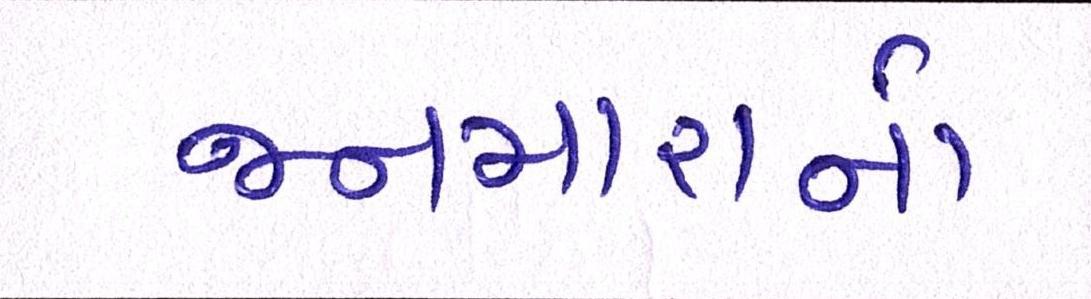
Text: જનમારાનો